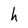
Character: h